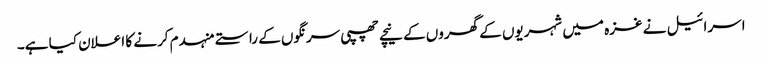
اسرائیل نے غزہ میں شہریوں کے گھروں کے نیچے چھپی سرنگوں کے راستے منہدم کرنے کا اعلان کیا ہے۔